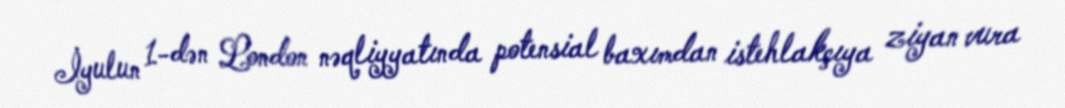
İyulun 1-dən London nəqliyyatında potensial baxımdan istehlakçıya ziyan vura